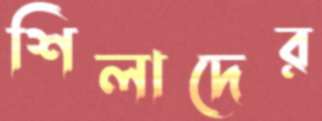
শিলাদের